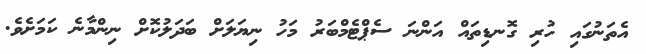
އެތަނުގައި ހުރި ގޮނޑިތައް އަންނަ ސެޕްޓެމްބަރު މަހު ނިޔަލަށް ބަދަލުކޮށް ނިންމާނެ ކަމަށެވެ.